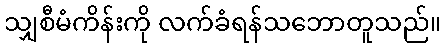
သျှစီမံကိန်းကို လက်ခံရန်သဘောတူသည်။